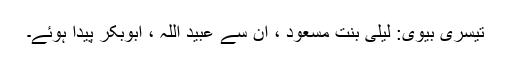
تیسری بیوی: لیلیٰ بنت مسعود ، ان سے عبید اللہ ، ابوبکر پیدا ہوئے۔